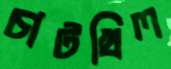
চাটখিল